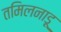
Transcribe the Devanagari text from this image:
तमिलनाड़ू